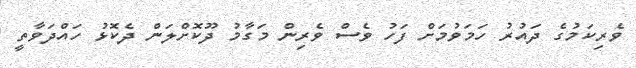
ވެރިކަމުގެ ދައުރު ހަމަވުމަށް ފަހު ވެސް ވެރިން މަގާމު ދޫކޮށްލަން ދެކޮޅު ހައްދަވާތީ